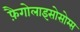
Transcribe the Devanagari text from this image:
फ़ैगोलाइसोसोम्स